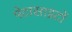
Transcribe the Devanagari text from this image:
पेटासाइटों